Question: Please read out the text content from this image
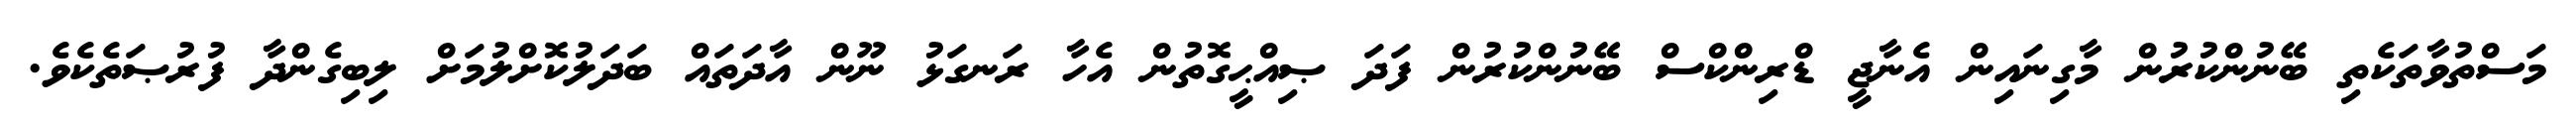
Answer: މަސްތުވާތަކެތި ބޭނުންކުރުން މާގިނައިން އެނާޖީ ޑްރިންކްސް ބޭނުންކުރުން ފަދަ ޞިއްޙީގޮތުން އެހާ ރަނގަޅު ނޫން އާދަތައް ބަދަލުކޮށްލުމަށް ލިބިގެންދާ ފުރުޞަތެކެވެ.